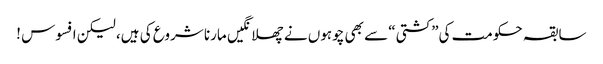
سابقہ حکومت کی”کشتی“ سے بھی چوہوں نے چھلانگیں مارنا شروع کی ہیں، لیکن افسوس !